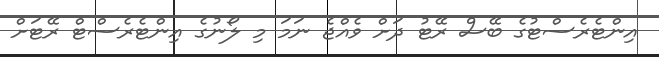
އިންޓެރެސްޓުގެ ބޭސް ރޭޓު ދަށް ވެއްޖެ ނަމަ މި ލޯނުގެ އިންޓެރެސްޓް ރޭޓަށް